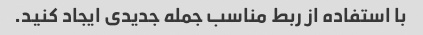
با استفاده از ربط مناسب جمله جدیدی ایجاد کنید.